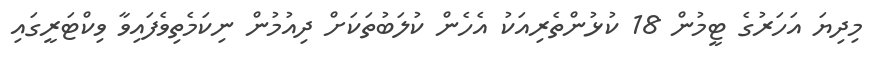
މިދިޔަ އަހަރުގެ ޓީމުން 18 ކުޅުންތެރިއަކު އެހެން ކުލަބުތަކަށް ދިއުމުން ނިކަމެތިވެފައިވާ ވިކްޓަރީގައި